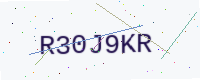
Text: R30J9KR